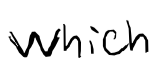
Text: which
Cross-out: clean
Writing tool: digital_black